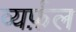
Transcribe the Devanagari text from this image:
व्यर्फ़ल